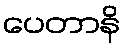
ပေတာနိ